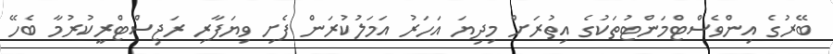
ބޭރުގެ އިންވެސްޓްމަންޓުތަކުގެ އިތުރަށް މިދިޔަ އަހަރު އަމަލުކުރަން ފެށި ވިޔަފާރި ރަޖިސްޓްރީކުރުމާ ބެހޭ